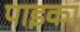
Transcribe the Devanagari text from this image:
पाइका